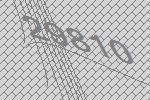
29810